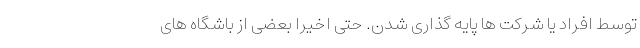
توسط افراد یا شرکت ها پایه گذاری شدن. حتی اخیراً بعضی از باشگاه های